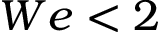
W e < 2